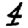
Digit: 4